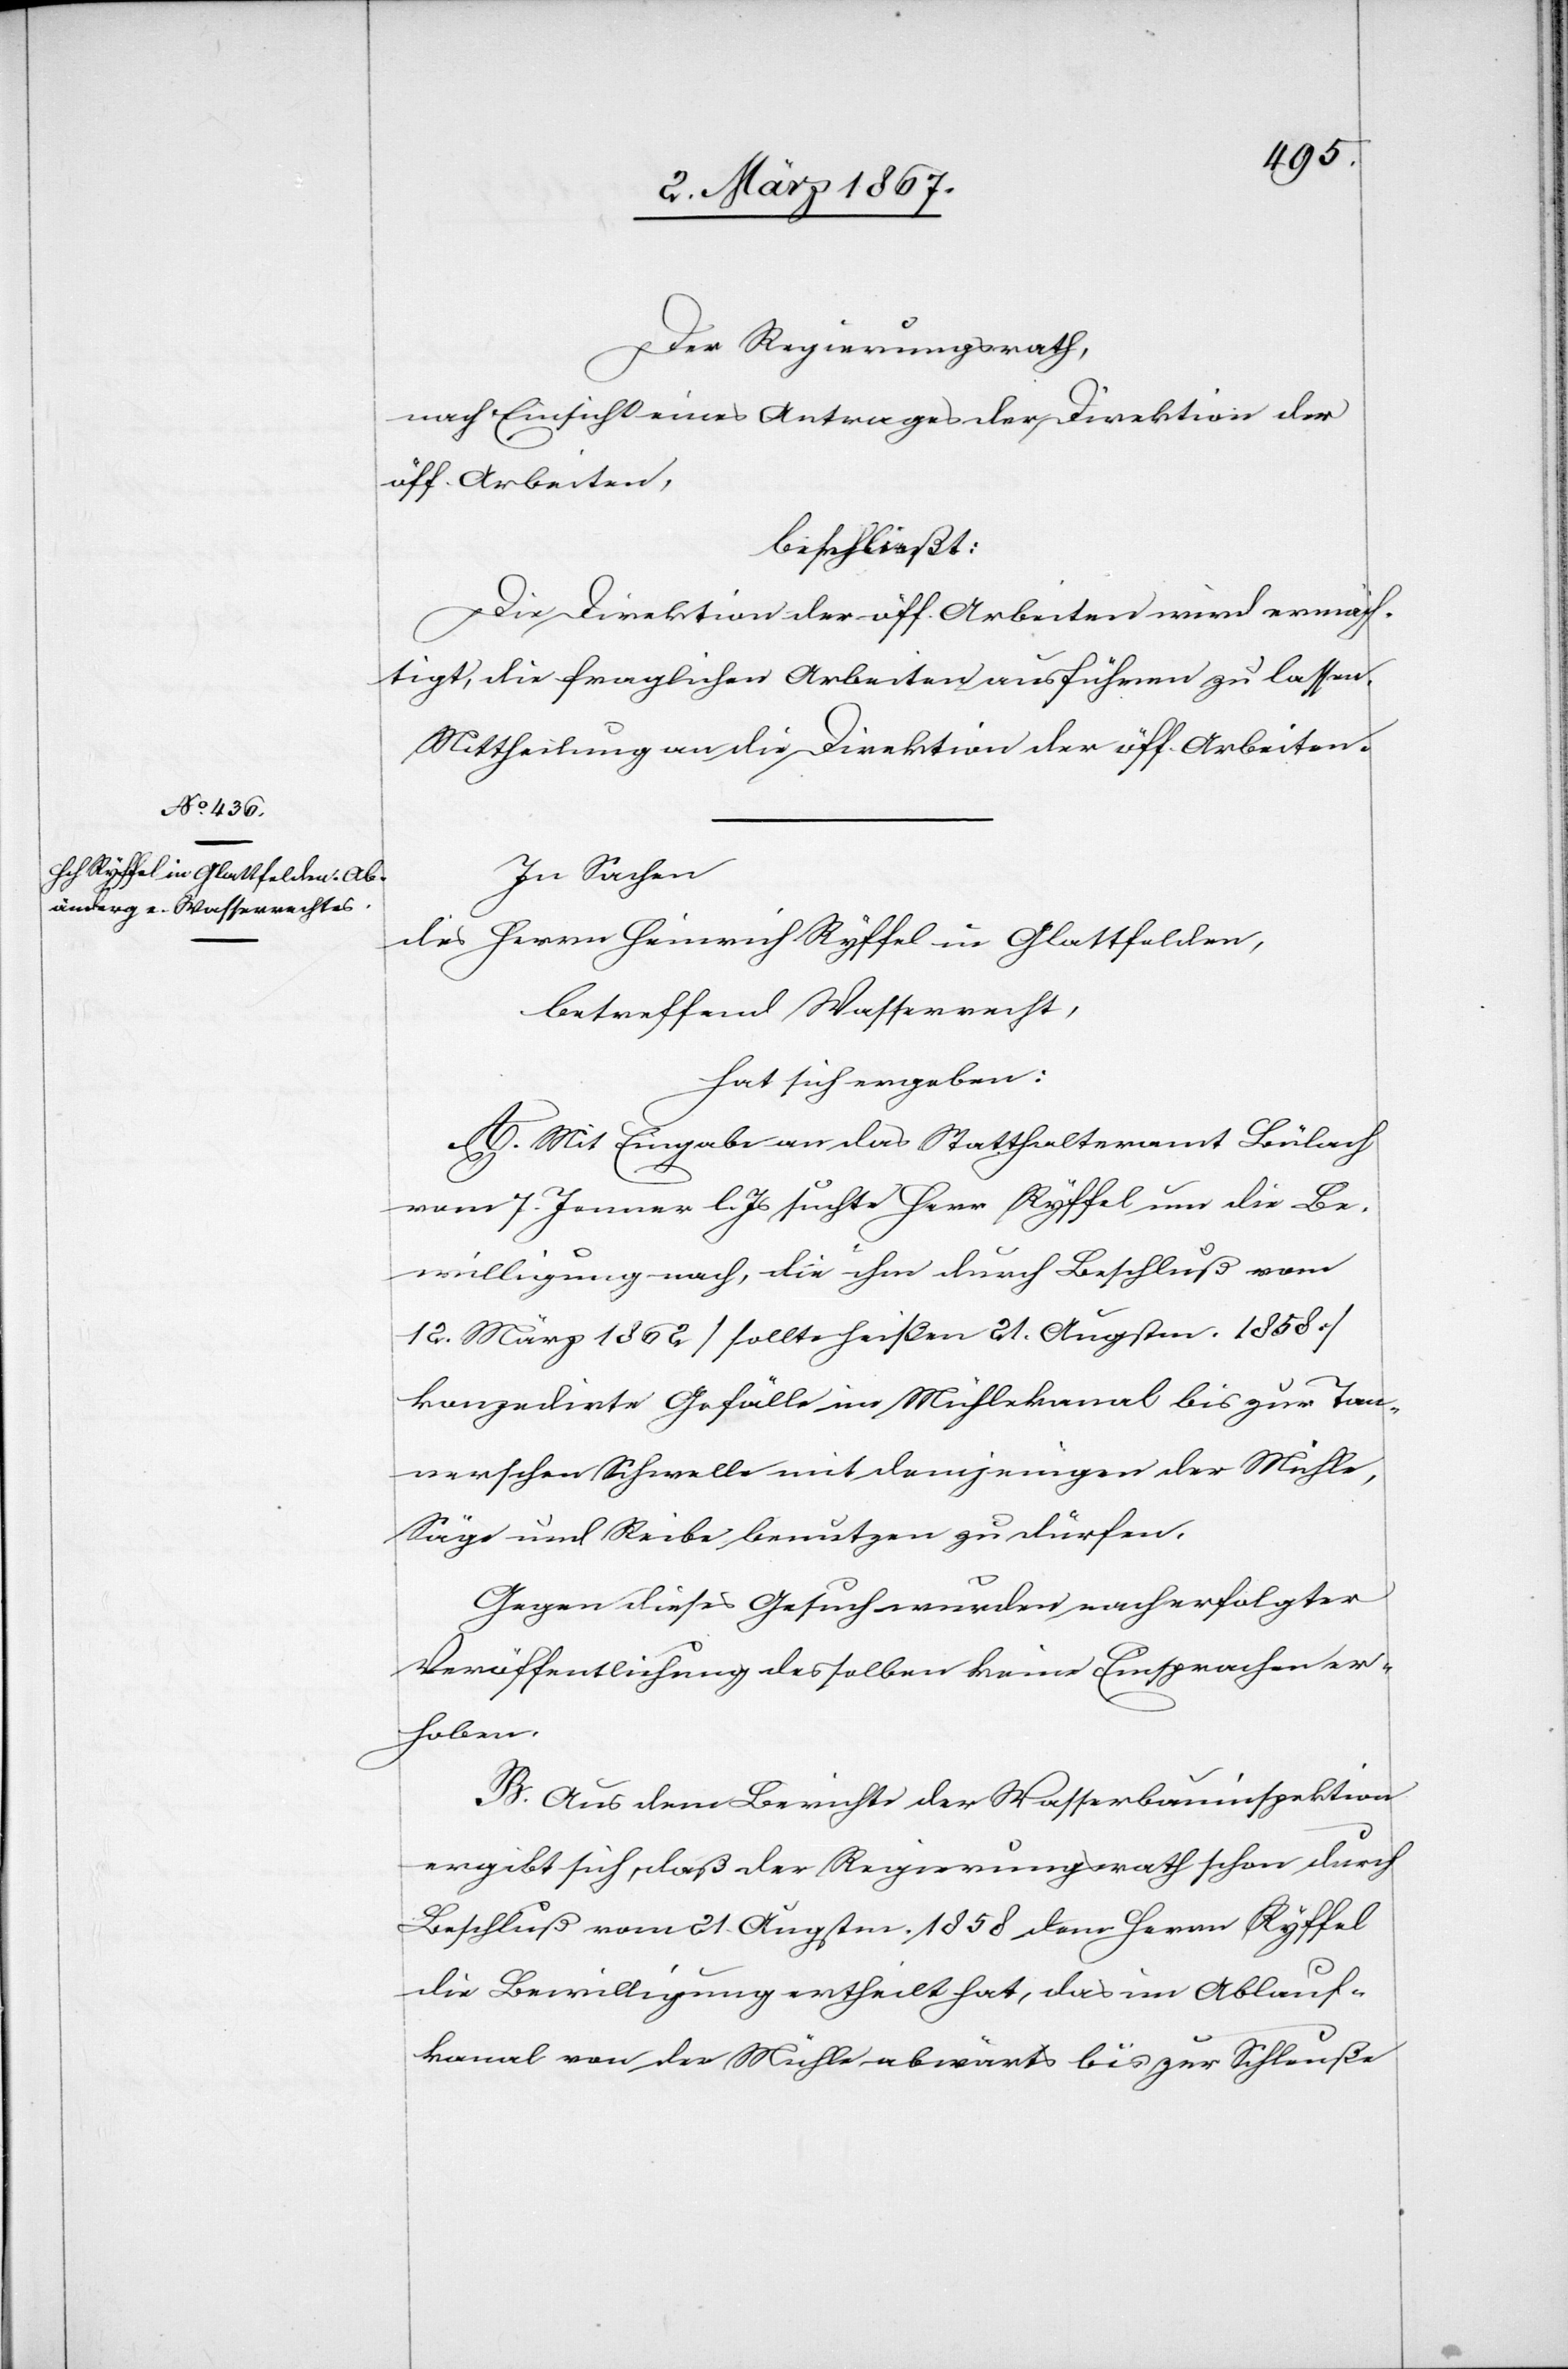
Der Regierungsrath,
nach Einsicht eines Antrages der Direktion der
öff. Arbeiten,
beschließt:
Die Direktion der öff. Arbeiten wird ermäch¬
tigt, die fraglichen Arbeiten ausführen zu lassen.
Mittheilung an die Direktion der öff. Arbeiten.
In Sachen
des Herrn Heinrich Ryffel in Glattfelden,
betreffend Wasserrecht,
hat sich ergeben:
A. Mit Eingabe an das Statthalteramt Bülach
vom 7. Jenner l. Js suchte Herr Ryffel um die Be¬
willigung nach, die ihm durch Beschluß vom
12. März 1862 [sollte heißen 21. Augustm. 1858]
konzedirte Gefälle im Mühlekanal bis zur Tan¬
nerschen Schwelle mit demjenigen der Mühle,
Säge und Reibe benutzen zu dürfen.
Gegen dieses Gesuch wurden nach erfolgter
Veröffentlichung desselben keine Einsprachen er¬
hoben.
B. Aus dem Berichte der Wasserbauinspektion
ergibt sich, daß der Regierungsrath schon durch
Beschluß vom 21. Augustm. 1858 dem Herrn Ryffel
die Bewilligung ertheilt hat, das im Ablauf¬
kanal von der Mühle abwärts bis zur Schleuße